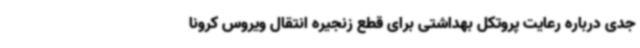
جدی درباره رعایت پروتکل بهداشتی برای قطع زنجیره انتقال ویروس کرونا